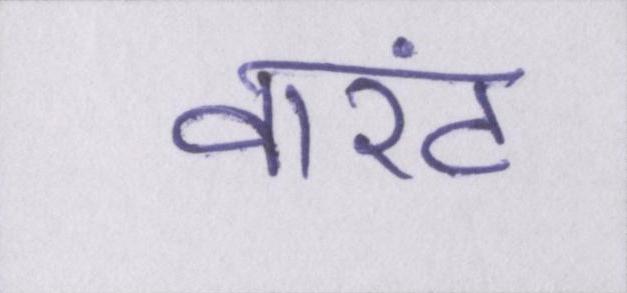
वारंट